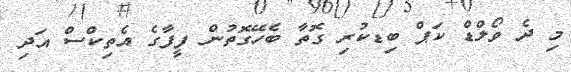
މި ދެ ވޯލްޑް ކަޕް ބިޑކުރި ގޮތާ ބެހޭގޮތުން ފީފާގެ އެތިކްސް އަދި